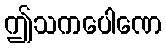
ဤသကပေါဏေ